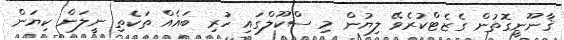
ޤާނޫނީގޮތުން ގެޒެޓްކުރެވޭ ލިޔުން މި ސްކޫލްގައި ހުރި ބައެއް ތަކެތި ނީލަން ކިޔަން